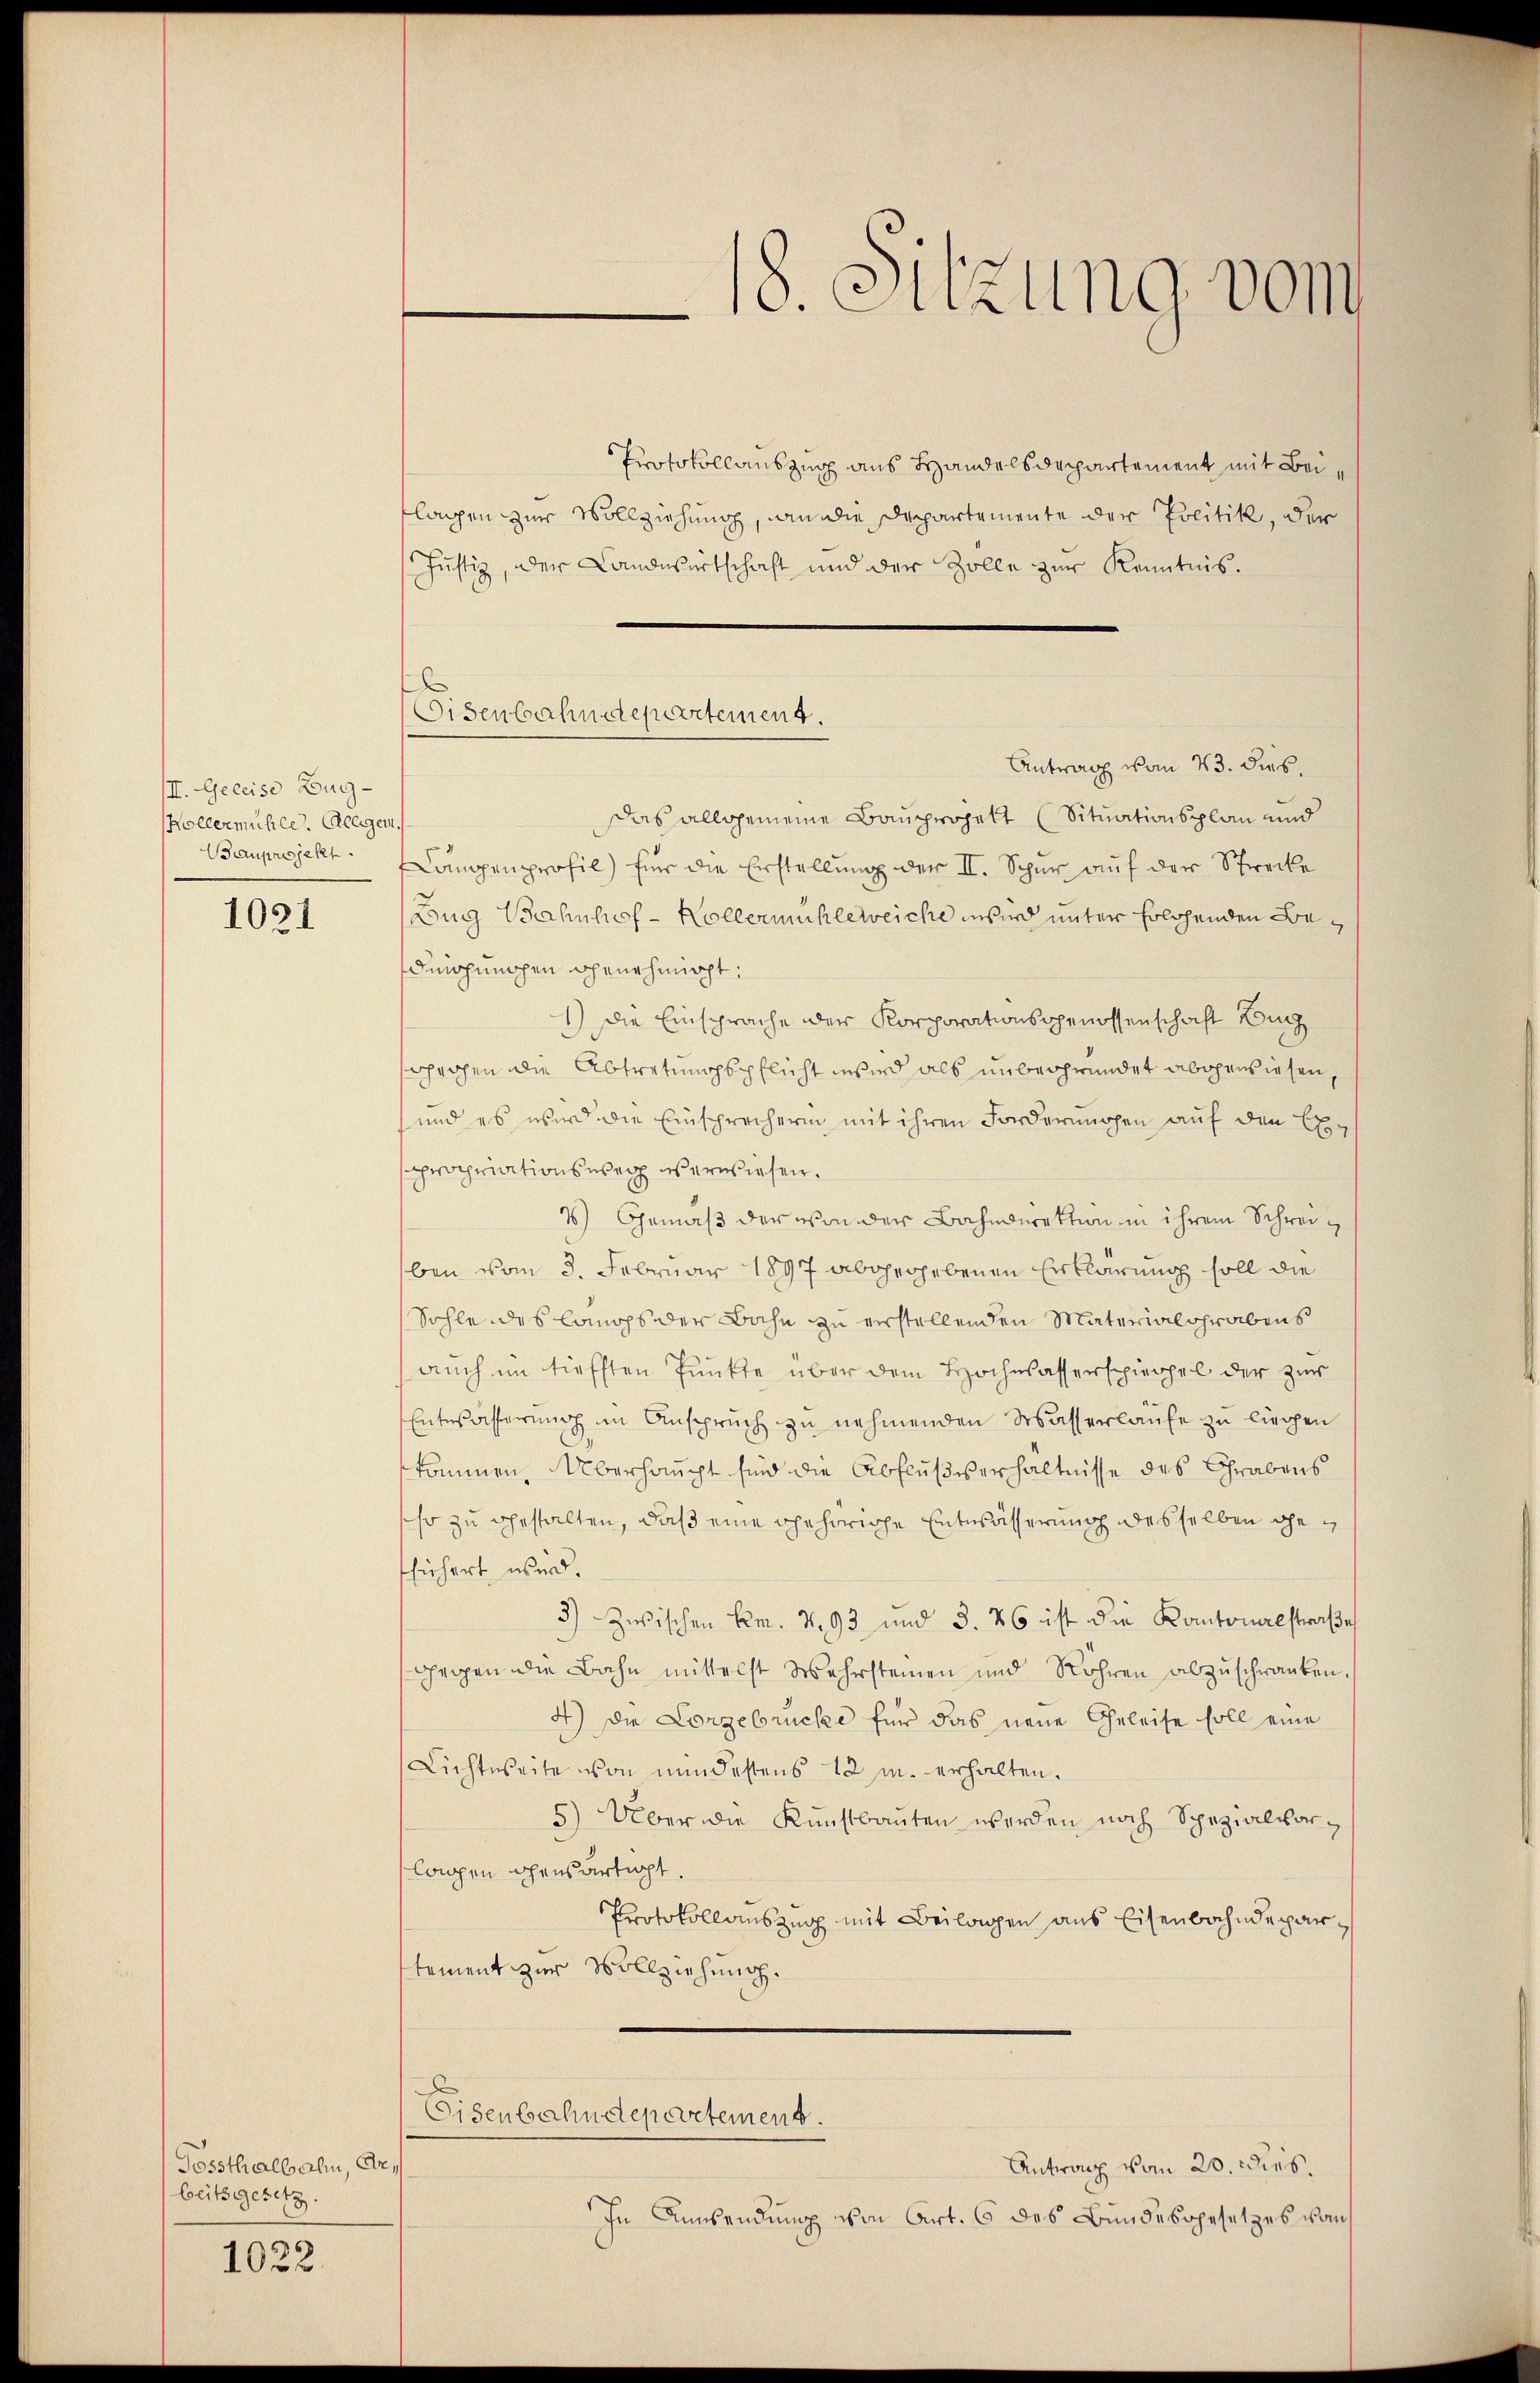
III. Geleise Zug-
Kollermühle. Gegen.
Bauprojekt.

1021

Tossthalbahn, Erbeitsgesetz.
1032.

Protokollauszug aus Handelsdepartement mit Beiflagen zur Vollziehung, an die Departemente der Politik, der
Justiz, der Landwirtschaft und der Zolle zur Kenntnis.
Antrag vom 23. dies
Das allgemeine Bauprojekt (Situationsplan und
Langenprofil) für die Erstellung der II. Schur auf der Strecke
Bug Bahnhof - Kollermühleweiche wird unter solchenden Bedeichungen genehmigt:
1) Die Einsprache der Korporationsgenossenschaft Burg
sprochen die Abtretungspflicht wird als unbegründet abgewiesen,
und es wird die Einsprecherin mit ihren Forderungen auf den Exsppropriationsweg verwiesen.
2) Gemäß der von der Bahndirektion in ihrem Schreiben vom 3. Februar 1897 abgegebenen Erklärung soll die
Sohle des Comops der Bahn zu erstellenden Materialgrabens
auch im tiefften Punkte über dem Hochwasserspiegel der zur
Entwässerung im Anspruch zu nehmenden Wasserlaufe zu liegen
kommen. Überhaupt sind die Abflußverhältnisse des Grabens
so zu gestalten, daß eine gehörige Entwässerung desselben gefsichert wird.
3) Zwischen Fr. v. 93 und 3. 46 ist die Kantonalstraße
gegen die Bahn mittelst Wehrsteinen und Röhren abzŭschranken.
4) die Lorgebrücke für das neue Geleise soll eine
Lichtweite von mindestens 12 u. erhalten.
5) Über die Kunstbauten werden noch Spezialvorlangen ohensartigt.
Protokollauszug mit Beilagen aus Eisenbahndepartement zur Vollziehung.
Eisenbahndepartement.
Antrag vom 20. Dies
In Anwendung von Art. 6 des Bundesgesetzes vom

Eisenbahndepartement.

18. Sitzung vom